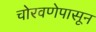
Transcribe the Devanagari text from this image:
चोरवणेपासून